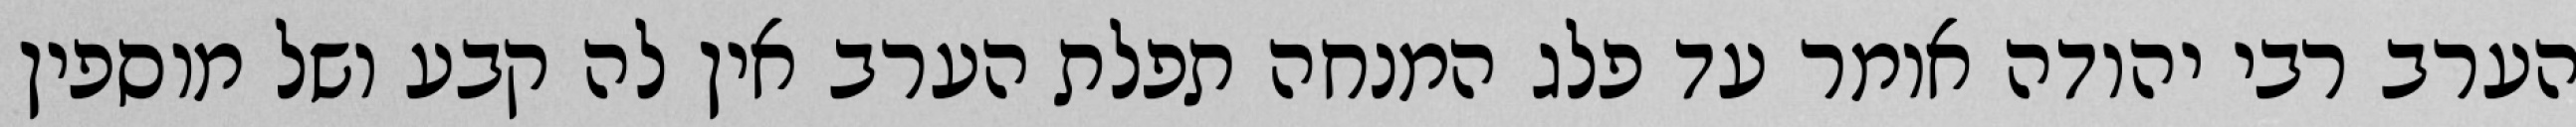
הערב רבי יהודה אומר עד פלג המנחה תפלת הערב אין לה קבע ושל מוספין